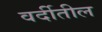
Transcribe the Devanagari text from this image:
वर्दीतील